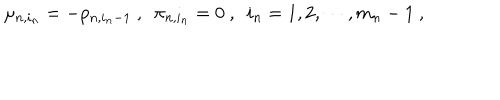
\mu _ { n , i _ { n } } = - p _ { n , i _ { n } - 1 } \ , \ \ \pi _ { n , i _ { n } } = 0 \ , \ \ i _ { n } = 1 , 2 , \cdots , m _ { n } - 1 \ ,